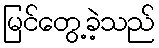
မြင်တွေ့ခဲ့သည်